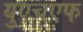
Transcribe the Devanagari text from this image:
युएचएफ